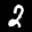
Label: 2